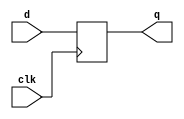
module dff(d,clk,q);
    input d,clk;
    output q;
    reg q=0;
    always @ (posedge clk)
    begin
    q<=d;
    end
endmodule